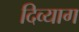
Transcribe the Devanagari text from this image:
दिव्याग